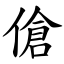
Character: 傖